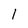
Character: 1